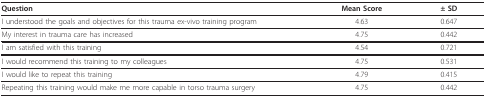
| Question | Mean Score | ± SD |
 | --- | --- | --- |
 | I understood the goals and objectives for this trauma ex-vivo training program | 4.63 | 0.647 |
 | My interest in trauma care has increased | 4.75 | 0.442 |
 | I am satisfied with this training | 4.54 | 0.721 |
 | I would recommend this training to my colleagues | 4.75 | 0.531 |
 | I would like to repeat this training | 4.79 | 0.415 |
 | Repeating this training would make me more capable in torso trauma surgery | 4.75 | 0.442 |